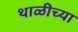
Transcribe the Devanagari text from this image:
थाळीच्या